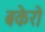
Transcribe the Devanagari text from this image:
बकेरो